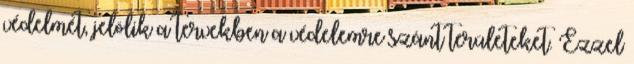
védelmét, jelölik a tervekben a védelemre szánt területeket. Ezzel